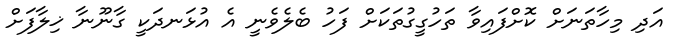
އަދި މިހާތަނަށް ކޮށްފައިވާ ތަހުގީގުތަކަށް ފަހު ބެލެވެނީ އެ އުޅަނދަކީ ގާނޫނާ ޚިލާފަށް